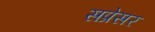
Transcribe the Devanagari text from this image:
सप्रेसर